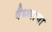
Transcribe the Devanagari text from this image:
वैध्व्याचा